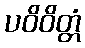
ပဝိဝိတ္တံ